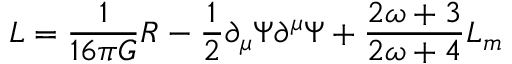
{ \cal L } = \frac { 1 } { 1 6 \pi G } R - \frac { 1 } { 2 } \partial _ { \mu } \Psi \partial ^ { \mu } \Psi + \frac { 2 \omega + 3 } { 2 \omega + 4 } { \cal L } _ { m }